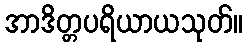
အာဒိတ္တပရိယာယသုတ်။